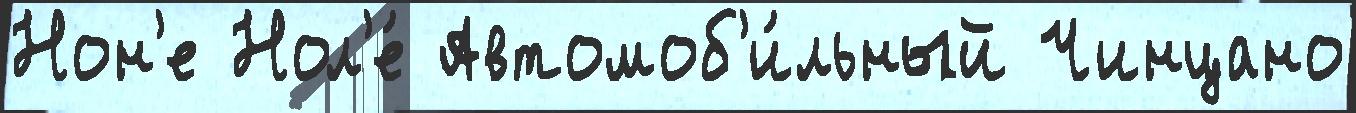
Нон'е Нол'е́ Автомоб'и́льный Чинцано